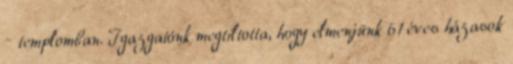
– templomban. Igazgatónk megtiltotta, hogy elmenjünk 61 éves házasok